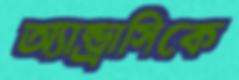
অ্যান্ড্রাসিকে